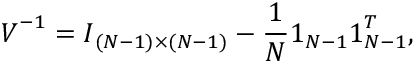
\boldsymbol { V } ^ { - 1 } = \boldsymbol { I } _ { ( N - 1 ) \times ( N - 1 ) } - \frac { 1 } { N } \boldsymbol { 1 } _ { N - 1 } \boldsymbol { 1 } _ { N - 1 } ^ { T } ,